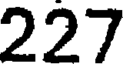
227